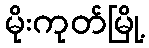
မိုးကုတ်မြို့